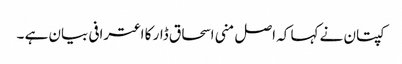
کپتان نے کہا کہ اصل منی اسحاق ڈار کا اعترافی بیان ہے ۔